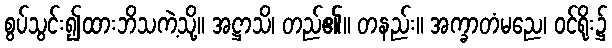
စွပ်သွင်း၍ထားဘိသကဲ့သို့။ အဋ္ဌာသိ၊ တည်၏။ တနည်း။ အက္ခာတံမညေ၊ ဝင်ရိုး၌